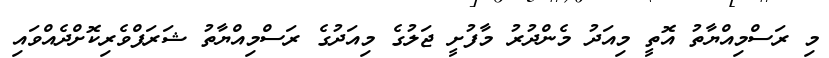
މި ރަސްމިއްޔާތު އޮތީ މިއަދު މެންދުރު މާފުށީ ޖަލުގެ މިއަދުގެ ރަސްމިއްޔާތު ޝަރަފްވެރިކޮށްދެއްވައި